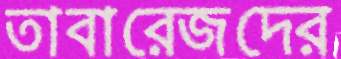
তাবারেজদের